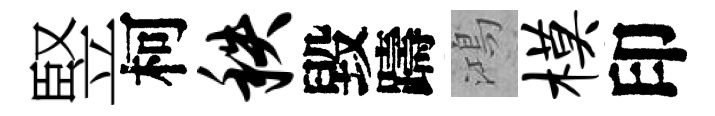
竪柯秩毀躊鴻模印